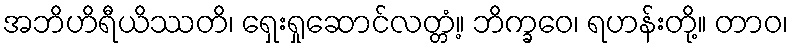
အဘိဟိရီယိဿတိ၊ ရှေးရှုဆောင်လတ္တံ့။ ဘိက္ခဝေ၊ ရဟန်းတို့။ တာဝ၊